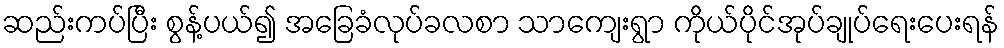
ဆည်းကပ်ပြီး စွန့်ပယ်၍ အခြေခံလုပ်ခလစာ သာကျေးရွာ ကိုယ်ပိုင်အုပ်ချုပ်ရေးပေးရန်